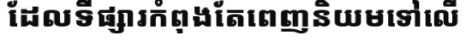
ដែលទីផ្សារកំពុងតែពេញនិយមទៅលើ